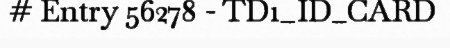
# Entry 56278 - TD1_ID_CARD